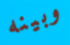
وبينه